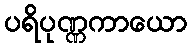
ပရိပုဏ္ဏကာယော